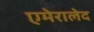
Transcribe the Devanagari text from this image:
एमेरालेद